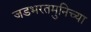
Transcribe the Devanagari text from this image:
जडभरतमुनिच्या